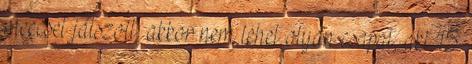
meccset játszott, akkor nem lehet olyan csapat, aki 15